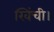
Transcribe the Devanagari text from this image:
खिंची।